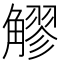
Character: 䚧